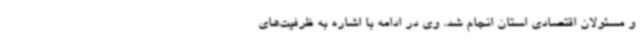
و مسئولان اقتصادی استان انجام شد. وی در ادامه با اشاره به ظرفیت‌های